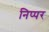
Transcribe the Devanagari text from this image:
निप्पर